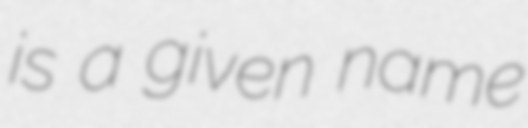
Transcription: is a given name